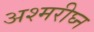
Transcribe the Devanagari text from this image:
अश्मरीघ्न